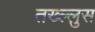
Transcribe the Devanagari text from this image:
तख्ल्लुस